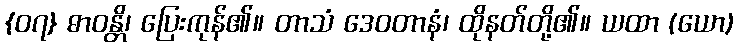
{၀၇} ဓာဝန္တိ၊ ပြေးကုန်၏။ တာသံ ဒေဝတာနံ၊ ထိုနတ်တို့၏။ ယထာ (ယော)